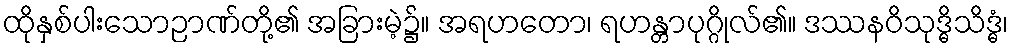
ထိုနှစ်ပါးသောဉာဏ်တို့၏ အခြားမဲ့၌။ အရဟတော၊ ရဟန္တာပုဂ္ဂိုလ်၏။ ဒဿနဝိသုဒ္ဓိသိဒ္ဓံ၊